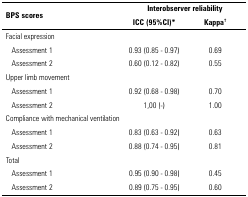
<table><thead><tr><td rowspan="2"><b>BPS scores</b></td><td colspan="2"><b>Interobserver reliability</b></td></tr><tr><td><b>ICC (95%CI)*</b></td><td><b>Kappa<sup>†</sup></b></td></tr></thead><tbody><tr><td>Facial expression</td><td> </td><td> </td></tr><tr><td>Assessment 1</td><td>0.93 (0.85 - 0.97)</td><td>0.69 </td></tr><tr><td>Assessment 2</td><td>0.60 (0.12 - 0.82)</td><td>0.55 </td></tr><tr><td>Upper limb movement</td><td> </td><td> </td></tr><tr><td>Assessment 1</td><td>0.92 (0.68 - 0.98)</td><td>0.70 </td></tr><tr><td>Assessment 2</td><td>1,00 (-)</td><td>1.00 </td></tr><tr><td>Compliance with mechanical ventilation</td><td> </td><td> </td></tr><tr><td>Assessment 1</td><td>0.83 (0.63 - 0.92)</td><td>0.63</td></tr><tr><td>Assessment 2</td><td>0.88 (0.74 - 0.95)</td><td>0.81</td></tr><tr><td>Total</td><td> </td><td> </td></tr><tr><td>Assessment 1</td><td>0.95 (0.90 - 0.98)</td><td>0.45 </td></tr><tr><td>Assessment 2</td><td>0.89 (0.75 - 0.95)</td><td>0.60</td></tr></tbody></table>